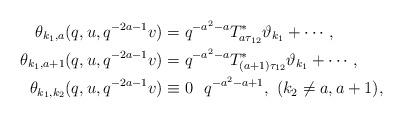
LaTeX: \begin{align*}\theta_{k_1,a}(q,u,q^{-2a-1}v)&=q^{-a^2-a}T^*_{a\tau_{12}}\vartheta_{k_1}+\cdots,\\\theta_{k_1,a+1}(q,u,q^{-2a-1}v)&=q^{-a^2-a}T^*_{(a+1)\tau_{12}}\vartheta_{k_1}+\cdots,\\\theta_{k_1,k_2}(q,u,q^{-2a-1}v)&\equiv 0\ \ q^{-a^2-a+1},\ (k_2\neq a,a+1),\end{align*}